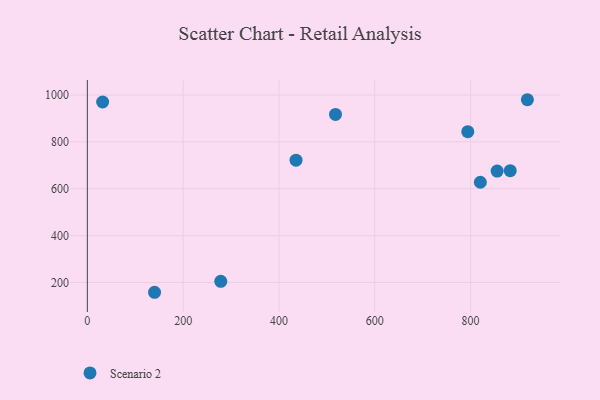
{"axis": {"x": "Ad Spend", "y": "Profit"}, "legend": ["Scenario 2"], "data": [{"x": "278.5", "y": 204.8, "type": "Scenario 2"}, {"x": "882.7", "y": 677.2, "type": "Scenario 2"}, {"x": "31.9", "y": 970.0, "type": "Scenario 2"}, {"x": "794.1", "y": 843.5, "type": "Scenario 2"}, {"x": "855.4", "y": 675.2, "type": "Scenario 2"}, {"x": "140.3", "y": 158.2, "type": "Scenario 2"}, {"x": "918.5", "y": 979.8, "type": "Scenario 2"}, {"x": "820.3", "y": 627.6, "type": "Scenario 2"}, {"x": "518.0", "y": 917.0, "type": "Scenario 2"}, {"x": "435.6", "y": 721.8, "type": "Scenario 2"}]}